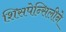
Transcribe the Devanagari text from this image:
शिसपेन्सिलीने